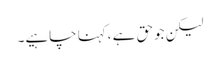
لیکن جوحق ہے ،کہنا چاہیے۔